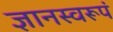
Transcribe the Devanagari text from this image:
ज्ञानस्वरूपं